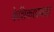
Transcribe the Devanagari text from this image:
केशिकाप्रवाह